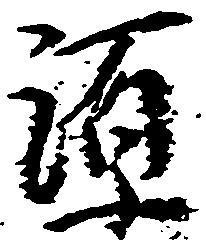
源